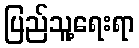
ပြည်သူ့ရေးရာ